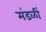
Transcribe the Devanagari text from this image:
मंडळीं